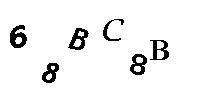
68BC8B